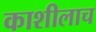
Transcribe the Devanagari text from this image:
काशीलाच